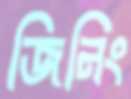
জিনিং